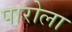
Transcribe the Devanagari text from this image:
पारोला